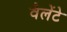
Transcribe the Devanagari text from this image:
वैलेंटे